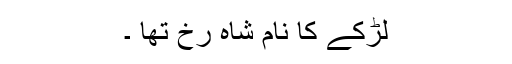
لڑکے کا نام شاہ رُخ تھا ۔